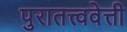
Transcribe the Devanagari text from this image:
पुरातत्त्ववेत्ती